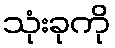
သုံးခုကို